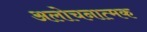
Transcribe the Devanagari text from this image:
अलोचनात्मक